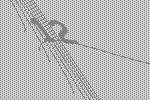
12